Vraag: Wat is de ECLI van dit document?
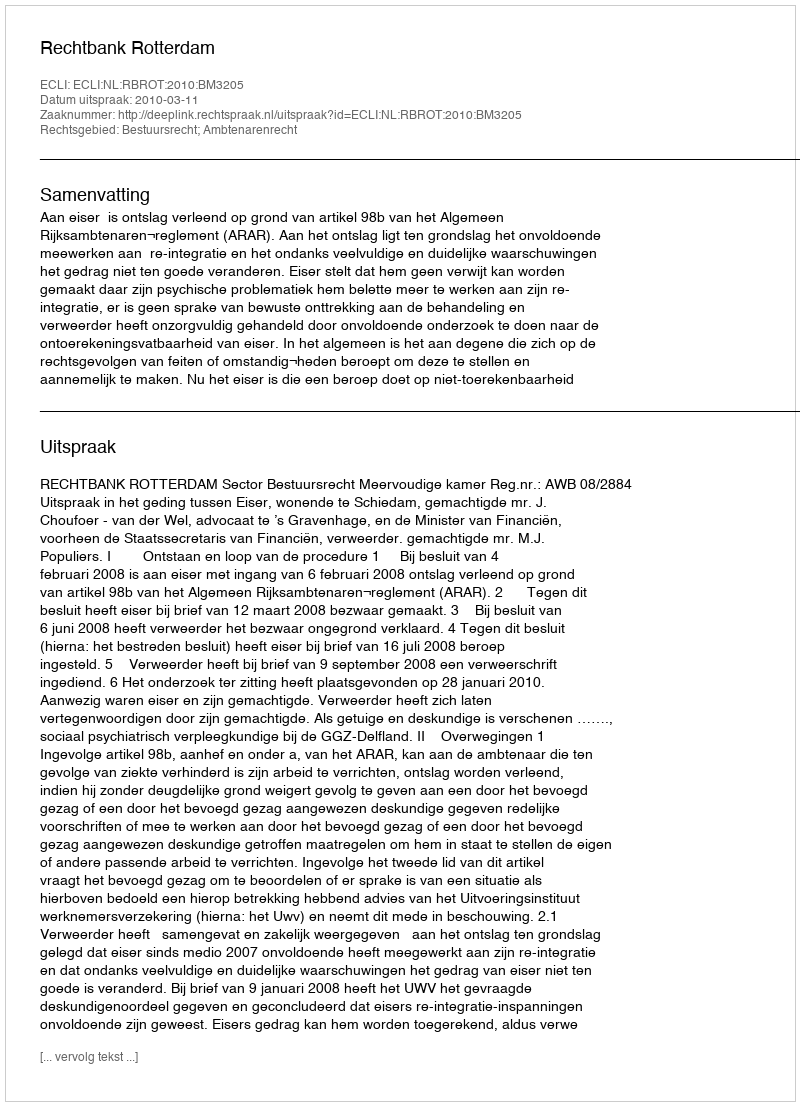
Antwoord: ECLI:NL:RBROT:2010:BM3205